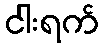
ငါးရက်